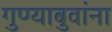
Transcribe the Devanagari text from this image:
गुण्याबुवांना